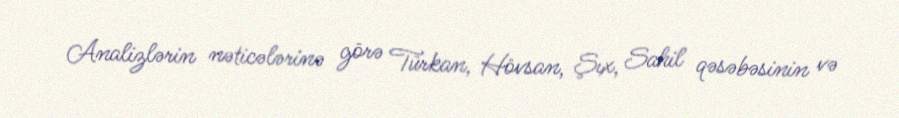
Analizlərin nəticələrinə görə Türkan, Hövsan, Şıx, Sahil qəsəbəsinin və